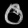
Digit: ၀